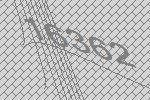
16362